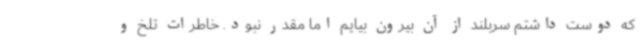
که دوست داشتم سربلند از آن بیرون بیایم اما مقدر نبود. خاطرات تلخ و